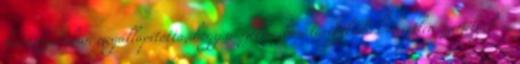
határozatában megállapította, hogy a székházban tartózkodó ismeretlen személyek –